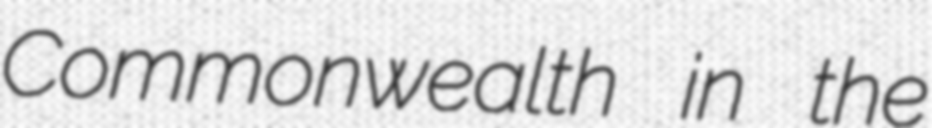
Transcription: Commonwealth in the